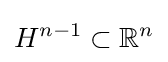
H^{n-1}\subset \mathbb {R} ^{n}